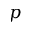
p